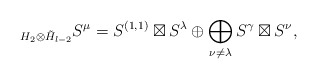
\begin{align*} _{H_2\otimes \tilde H_{l-2}} S^\mu=S^{(1,1)}\boxtimes S^\lambda \oplus\bigoplus_{\nu\neq \lambda}S^{\gamma}\boxtimes S^\nu ,\end{align*}